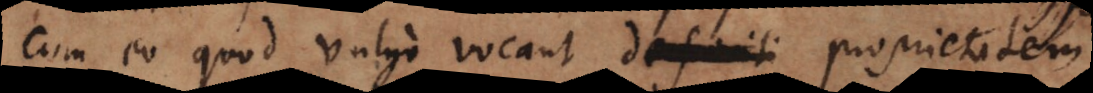
cum eo quod vulgo vocant definiti proprietatem